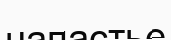
напастье